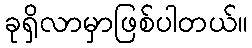
ခုရှိလာမှာဖြစ်ပါတယ်။